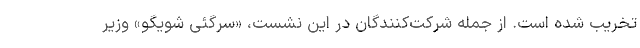
تخریب شده است. از جمله شرکت‌کنندگان در این نشست، «سرگئی شویگو» وزیر